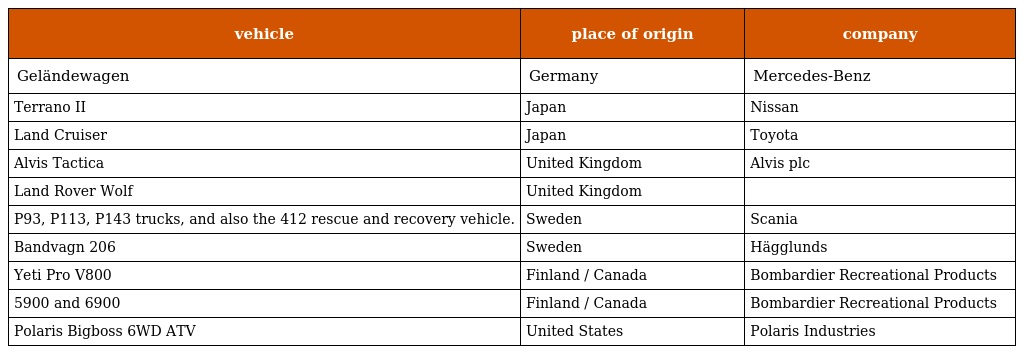
| vehicle | place of origin | company |
 | --- | --- | --- |
 | Geländewagen | Germany | Mercedes-Benz |
 | Terrano II | Japan | Nissan |
 | Land Cruiser | Japan | Toyota |
 | Alvis Tactica | United Kingdom | Alvis plc |
 | Land Rover Wolf | United Kingdom |  |
 | P93, P113, P143 trucks, and also the 412 rescue and recovery vehicle. | Sweden | Scania |
 | Bandvagn 206 | Sweden | Hägglunds |
 | Yeti Pro V800 | Finland / Canada | Bombardier Recreational Products |
 | 5900 and 6900 | Finland / Canada | Bombardier Recreational Products |
 | Polaris Bigboss 6WD ATV | United States | Polaris Industries |